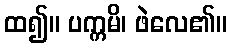
ထ၍။ ပက္ကမိ၊ ဖဲလေ၏။